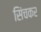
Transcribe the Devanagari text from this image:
सिंचकर